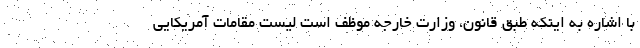
با اشاره به اینکه طبق قانون، وزارت خارجه موظف است لیست مقامات آمریکایی